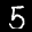
Label: 5